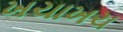
ખચાખચ